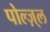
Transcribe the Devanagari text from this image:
पोल्ज़्ल